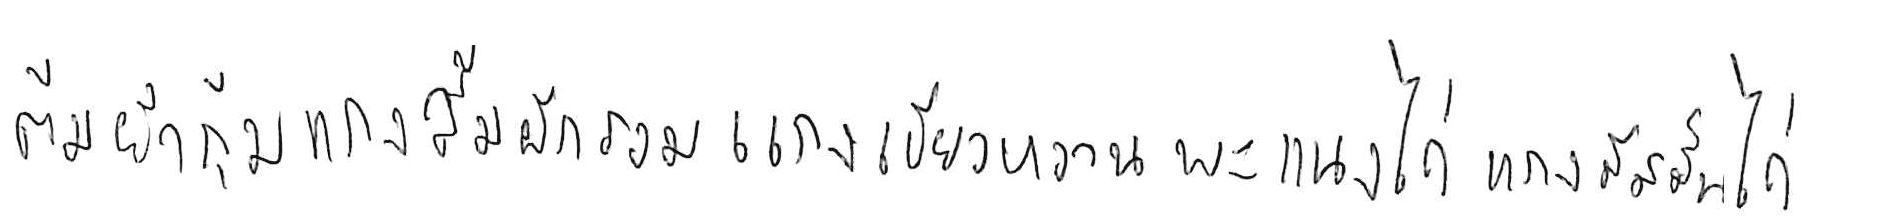
ต้มยำกุ้ง แกงส้มผักรวม แกงเขียวหวาน พะแนงไก่ แกงมัสมั่นไก่